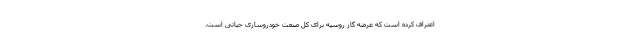
اعتراف کرده است که عرضه گاز روسیه برای کل صنعت خودروسازی حیاتی است.